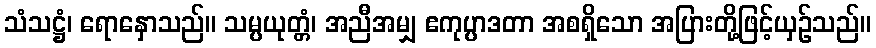
သံသဋ္ဌံ၊ ရောနှောသည်။ သမ္ပယုတ္တံ၊ အညီအမျှ ဧကုပ္ပာဒတာ အစရှိသော အပြားတို့ဖြင့်ယှဉ်သည်။